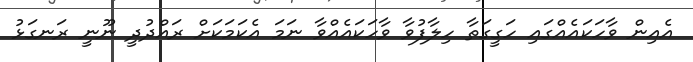
އެއިން ވާހަކައެއްގައި ހަގީގަތާ ހިލާފުވާ ވާހަކައެއްވާ ނަމަ އެކަމަކަށް ރައްދުދީ ނޫނީ ރަނގަޅު